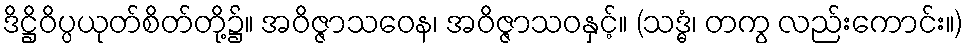
ဒိဋ္ဌိဝိပ္ပယုတ်စိတ်တို့၌။ အဝိဇ္ဇာသဝေန၊ အဝိဇ္ဇာသဝနှင့်။ (သဒ္ဓံ၊ တကွ လည်းကောင်း။)